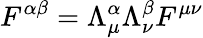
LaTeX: F^{\alpha\beta}=\Lambda_{\mu}^{\alpha}\Lambda_{\nu}^{\beta}F^{\mu\nu}